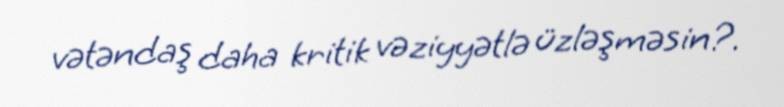
vətəndaş daha kritik vəziyyətlə üzləşməsin?.